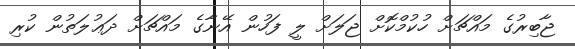
ޖާބިރުގެ މައްޗަށް ހުކުމްކޮށް ޖަލަށް ލީ ފަހުން އޭނާގެ މައްޗަށް ދަޢުލަތުން ކުރި